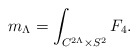
\begin{align*}m_\Lambda=\int_{C^{2\Lambda}\times S^2} F_4.\end{align*}